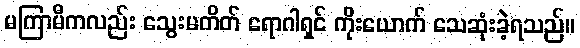
မကြာမီကလည်း သွေးမတိတ် ရောဂါရှင် ကိုးယောက် သေဆုံးခဲ့ရသည်။